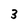
Character: 3